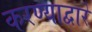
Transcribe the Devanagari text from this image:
करण्याद्वारे